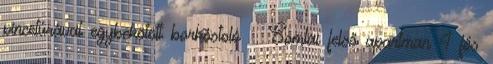
pincetúrával egybekötött borkóstoló ⚡ Somlai felső apartman 4 fős